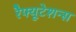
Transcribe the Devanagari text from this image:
रेैफ्यूटेशन्स